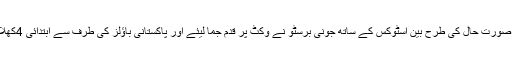
لیکن پھر وہی ماضی کی میچوں کی صورت ِحال کی طرح بین اسٹوکس کے ساتھ جونی برسٹو نے وکٹ پر قدم جما لیئے اور پاکستانی باؤلز کی طرف سے ابتدائی 4کھلاڑی جلد آؤٹ کرنے پر پانی پھیر دیا۔